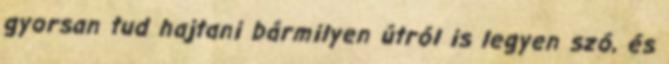
gyorsan tud hajtani bármilyen útról is legyen szó, és